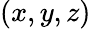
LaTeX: \left(x,y,z\right)